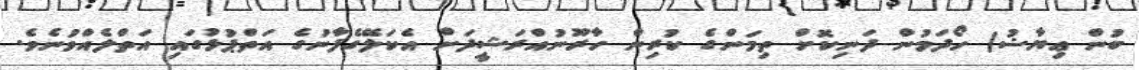
ބުން ޢިޔާޟު) ހޯދަމުން ދަނިކޮށް ތިމަންގެ ކުރިން ހާރޫނުއްރަޝީދަށް އެކަލޭގެފާނުގެ އަތްޕުޅުގައި އަތްލެއްވުނެވެ.